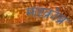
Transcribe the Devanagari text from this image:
माइक्रोब्रू